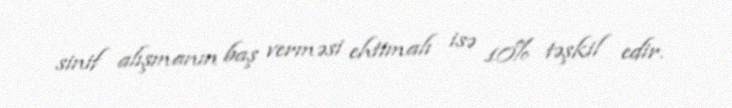
sinif alışmanın baş verməsi ehtimalı isə 10% təşkil edir.